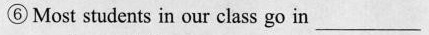
⑥Most students in our class go in ___